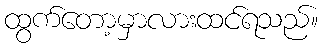
ထွက်တော့မှာလားထင်ရသည်။